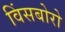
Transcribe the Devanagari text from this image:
विंसबोरो